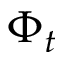
\Phi _ { t }